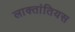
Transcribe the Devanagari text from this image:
लाक्तांतियस